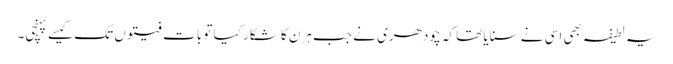
یہ لطیفہ بھی اسی نے سنایا تھا کہ چودھری نے جب ہرن کا شکار کیا تو بات فیتوں تک کیسے پہنچی۔